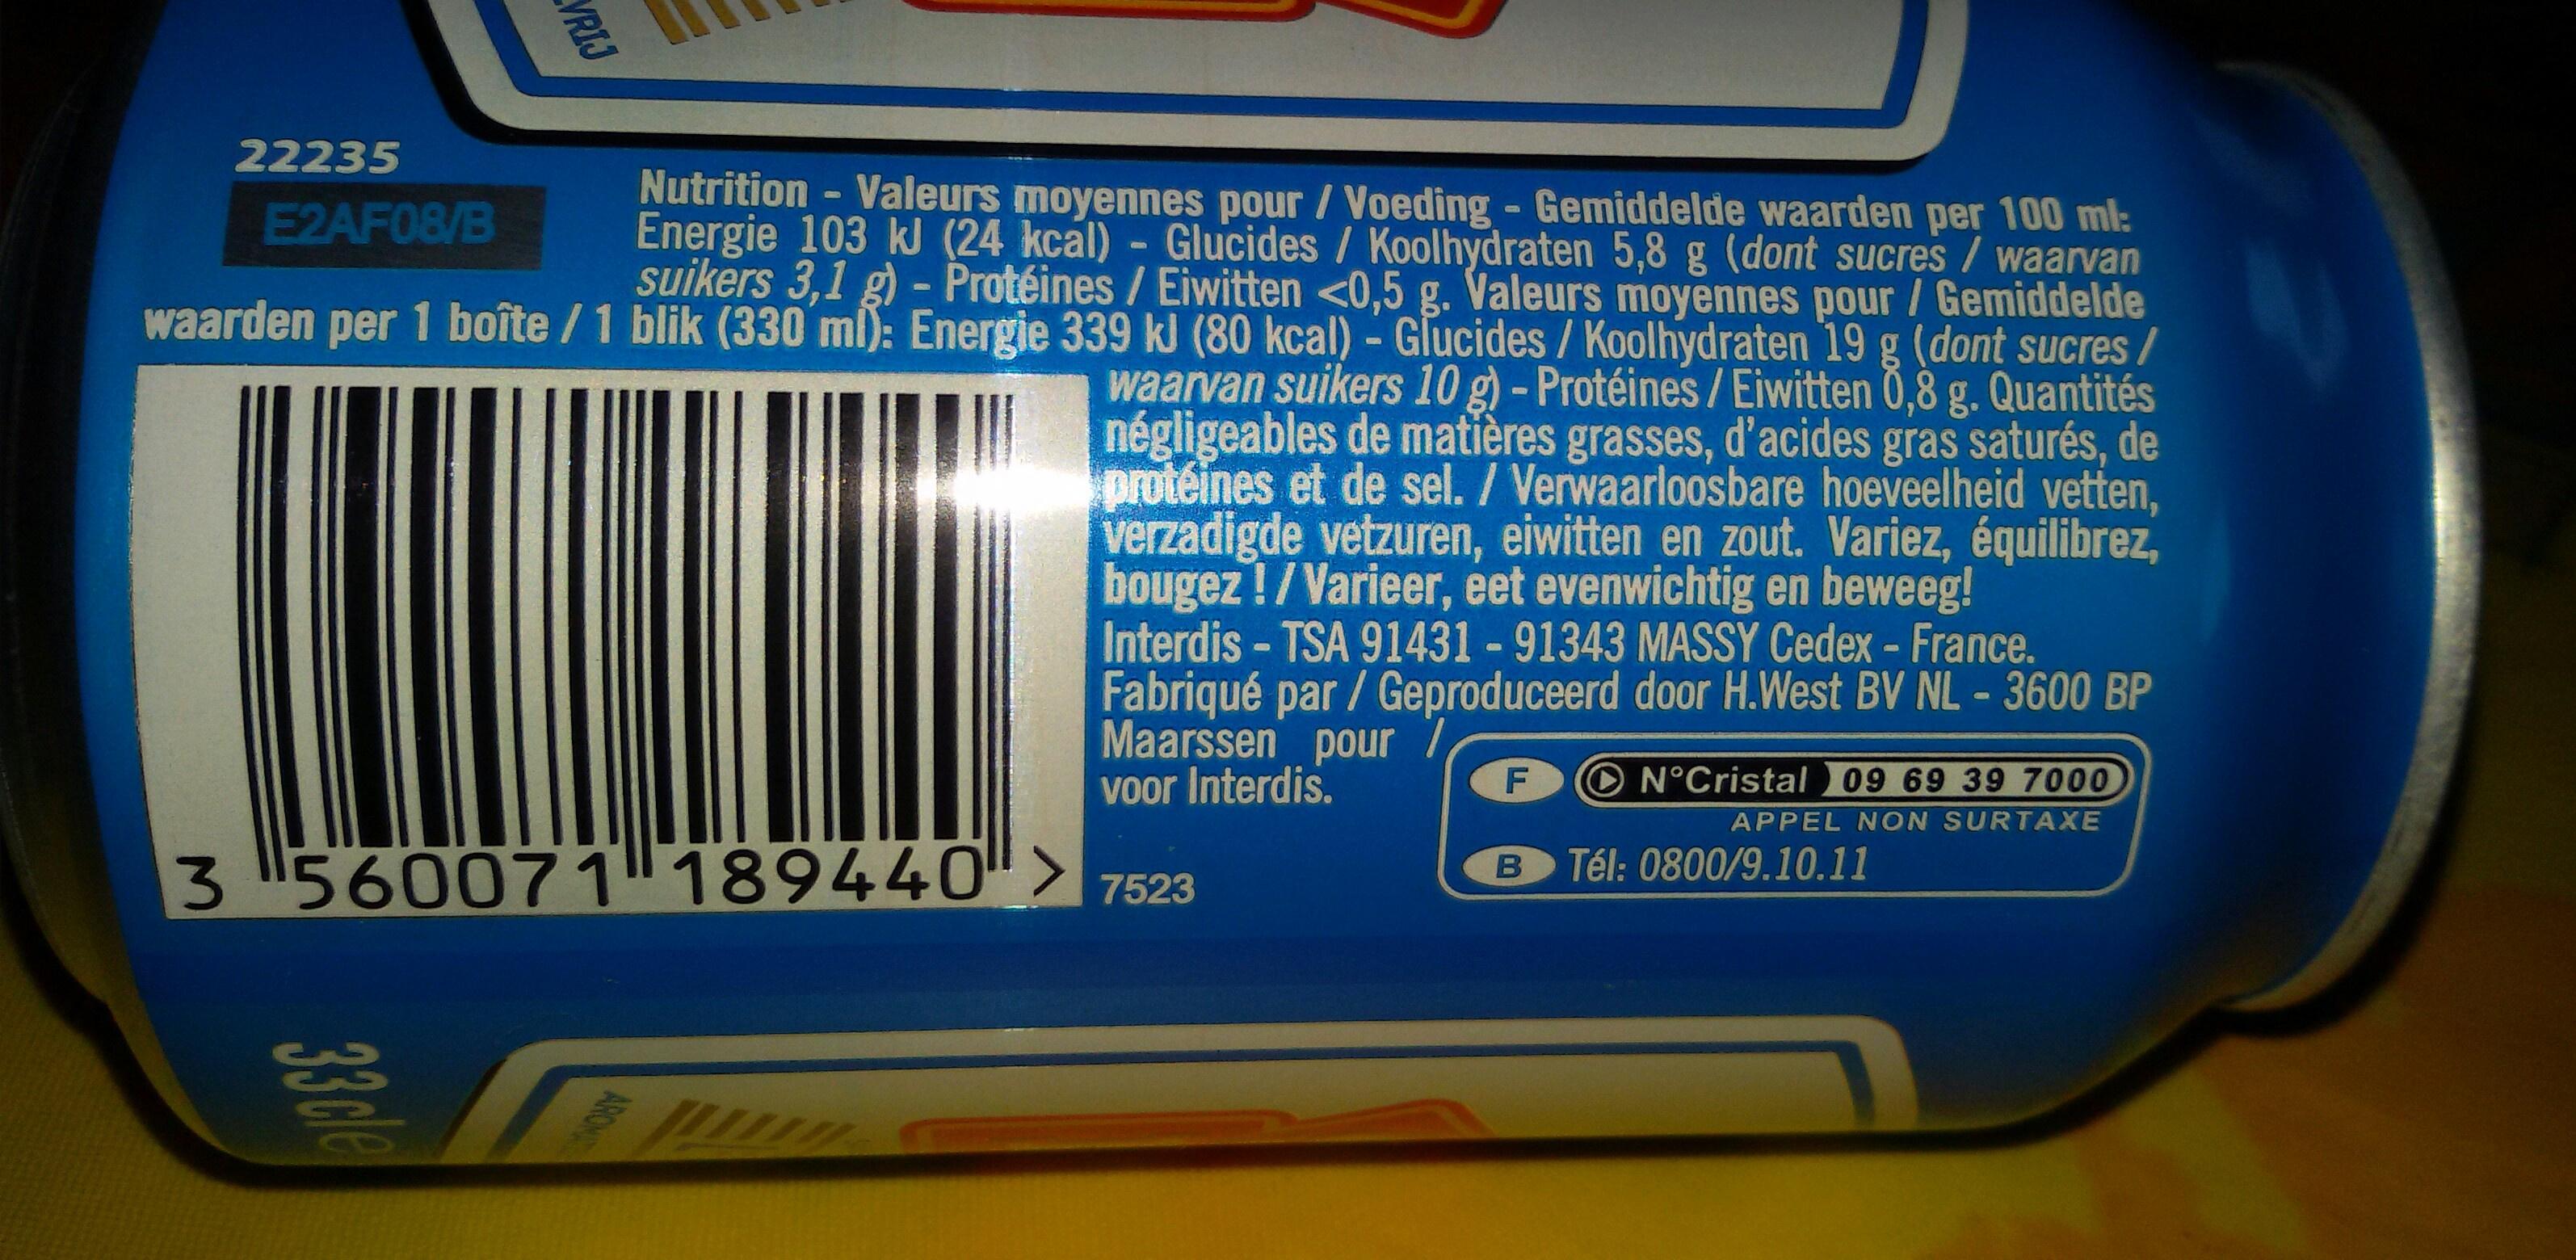
22235 Nutrition Valeurs moyennes pour / Voeding Gemiddelde waarden per 100 ml: Energie 103 kJ (24 kcal) Glucides/Koolhydraten 5,8 g (dont sucres/waarvan suikers 3,1 g) - Protéines / Eiwitten <0,5 g. Valeurs moyennes pour / Gemiddelde E2AF08/B waarden per 1 boîte /1 blik (330 ml): Energie 339 kJ (80 kcal) - Glucides / Koolhydraten 19 g (dont sucres/ arvan suikers 10 g) - Protéines/Eiwitten 0,8 g. Quantités négligeables de matières grasses, d'acides gras saturés, de protéines et de sel. / Verwaarloosbare hoeveelheid vetten, verzadigde vetzuren, eiwitten en zout. Variez, équilibrez, bougez!/Varieer, eet evenwichtig en beweeg! Interdis - TSA 91431 -91343 MASSY Cedex - France. Fabriqué par/Geproduceerd door H.West BV NL - 3600 BP Maarssen pour Voor Interdis. O N°Cristal 09 69 39 7000 F APPEL NON SURTAXE B Tél: 0800/9.10.11 3 560071" 1894407523 ARON VRIJ 330le